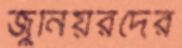
জুনিয়রদের